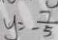
y = - \frac { 7 } { 5 }